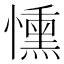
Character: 𢣤